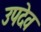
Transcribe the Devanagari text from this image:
उपदेव